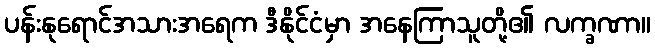
ပန်းနုရောင်အသားအရေက ဒီနိုင်ငံမှာ အနေကြာသူတို့၏ လက္ခဏာ။